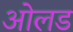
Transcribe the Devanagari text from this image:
ओलड